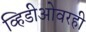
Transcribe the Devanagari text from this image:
व्हिडीओवरही